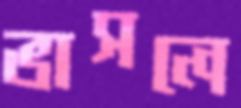
ভাসলে